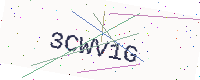
Text: 3CWV1G